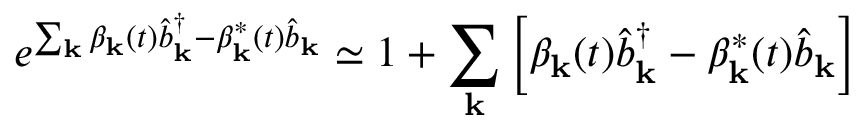
e ^ { \sum _ { \mathbf { k } } \beta _ { \mathbf { k } } ( t ) \hat { b } _ { \mathbf { k } } ^ { \dagger } - \beta _ { \mathbf { k } } ^ { * } ( t ) \hat { b } _ { \mathbf { k } } } \simeq 1 + \sum _ { \mathbf { k } } \left[ \beta _ { \mathbf { k } } ( t ) \hat { b } _ { \mathbf { k } } ^ { \dagger } - \beta _ { \mathbf { k } } ^ { * } ( t ) \hat { b } _ { \mathbf { k } } \right]